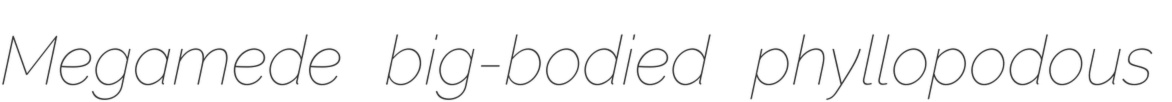
Megamede big-bodied phyllopodous